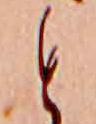
と